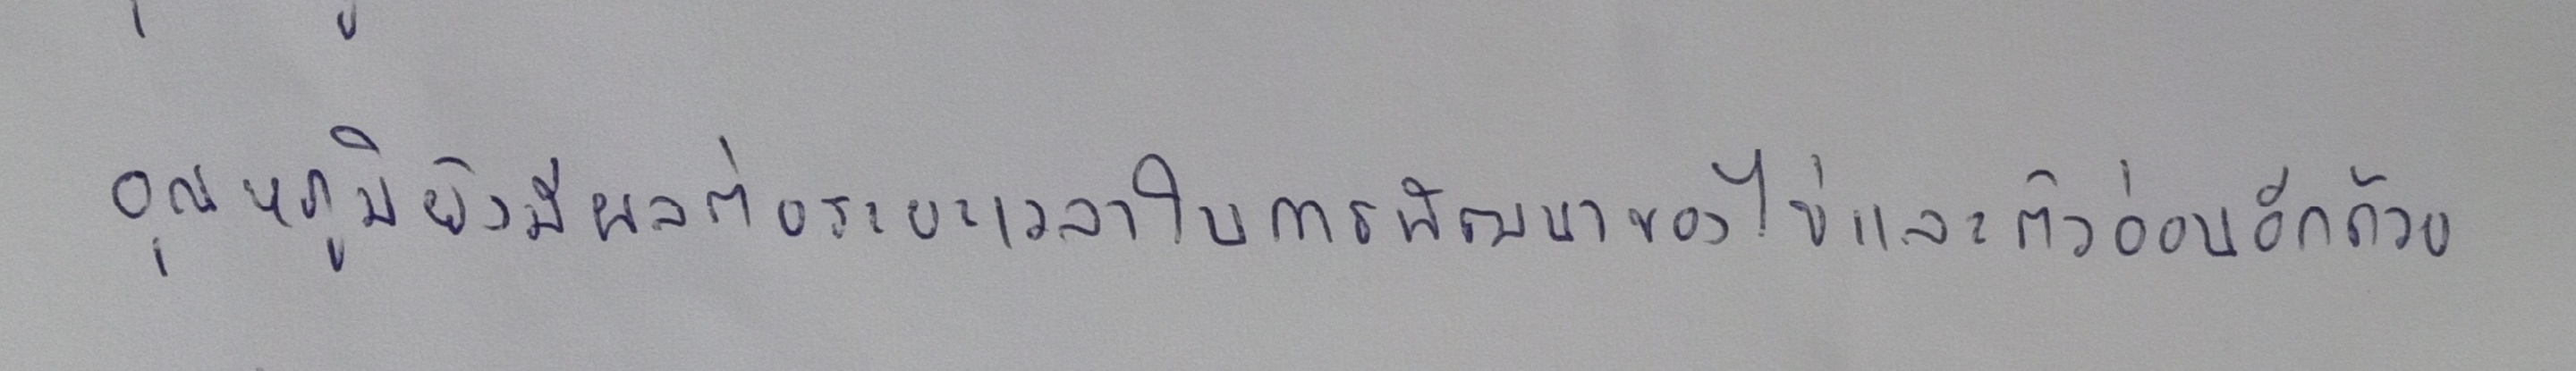
อุณหภูมิยังมีผลต่อระยะเวลาในการพัฒนาของไข่และตัวอ่อนอีกด้วย